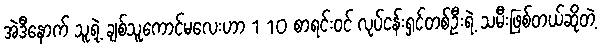
အဲဒီနောက် သူ့ရဲ့ ချစ်သူကောင်မလေးဟာ 1 10 စာရင်းဝင် လုပ်ငန်းရှင်တစ်ဦးရဲ့ သမီးဖြစ်တယ်ဆိုတဲ့